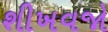
શીખવજો